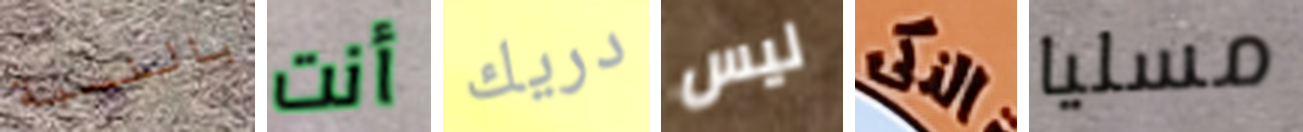
بالنسبة أنت دريك ليس الذكى مسليا